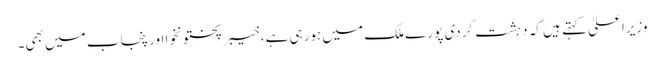
وزیراعلیٰ کہتے ہیں کہ دہشت گردی پورے ملک میں ہورہی ہے، خیبرپختونخوا اور پنجاب میں بھی۔